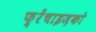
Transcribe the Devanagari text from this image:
फ़्रेंचाइज़को